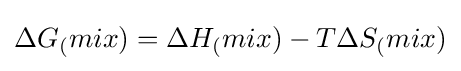
\Delta G_{(}mix)=\Delta H_{(}mix)-T\Delta S_{(}mix)